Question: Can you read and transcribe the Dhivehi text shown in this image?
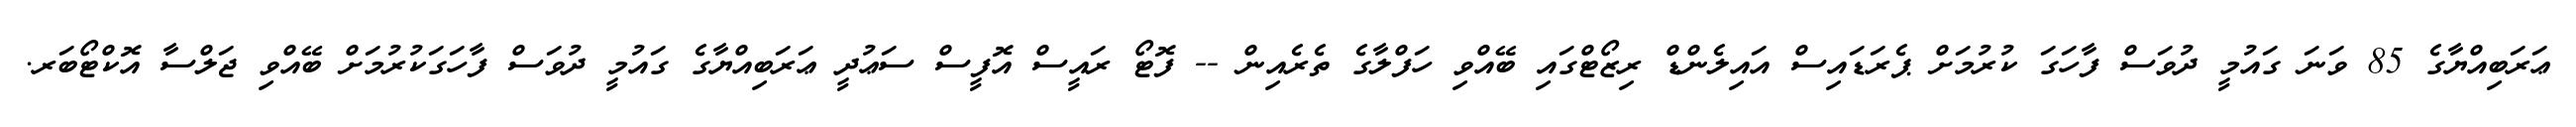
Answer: ޢަރަބިއްޔާގެ 85 ވަނަ ގައުމީ ދުވަސް ފާހަގަ ކުރުމަށް ޕެރަޑައިސް އައިލެންޑް ރިޒޯޓްގައި ބޭއްވި ހަފްލާގެ ތެރެއިން -- ފޮޓޯ ރައީސް އޮފީސް ސަޢުދީ ޢަރަބިއްޔާގެ ގައުމީ ދުވަސް ފާހަގަކުރުމަށް ބޭއްވި ޖަލްސާ އޮކްޓޯބަރ.